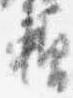
頼